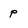
Character: p